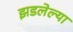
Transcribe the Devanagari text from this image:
झडलेल्या